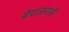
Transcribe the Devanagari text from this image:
बेराजगारी